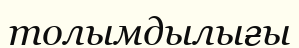
толымдылығы